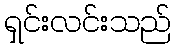
ရှင်းလင်းသည်